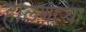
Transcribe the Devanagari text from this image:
हालणार्‍या